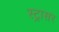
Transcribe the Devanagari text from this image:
स्ट्रासर